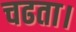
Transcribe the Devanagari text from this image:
चढता।